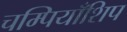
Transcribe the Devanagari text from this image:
चम्पियाँशिप